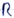
Text: R